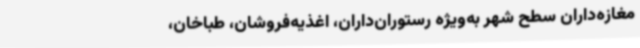
مغازه‌داران سطح شهر به‌ویژه رستوران‌داران، اغذیه‌فروشان، طباخان،